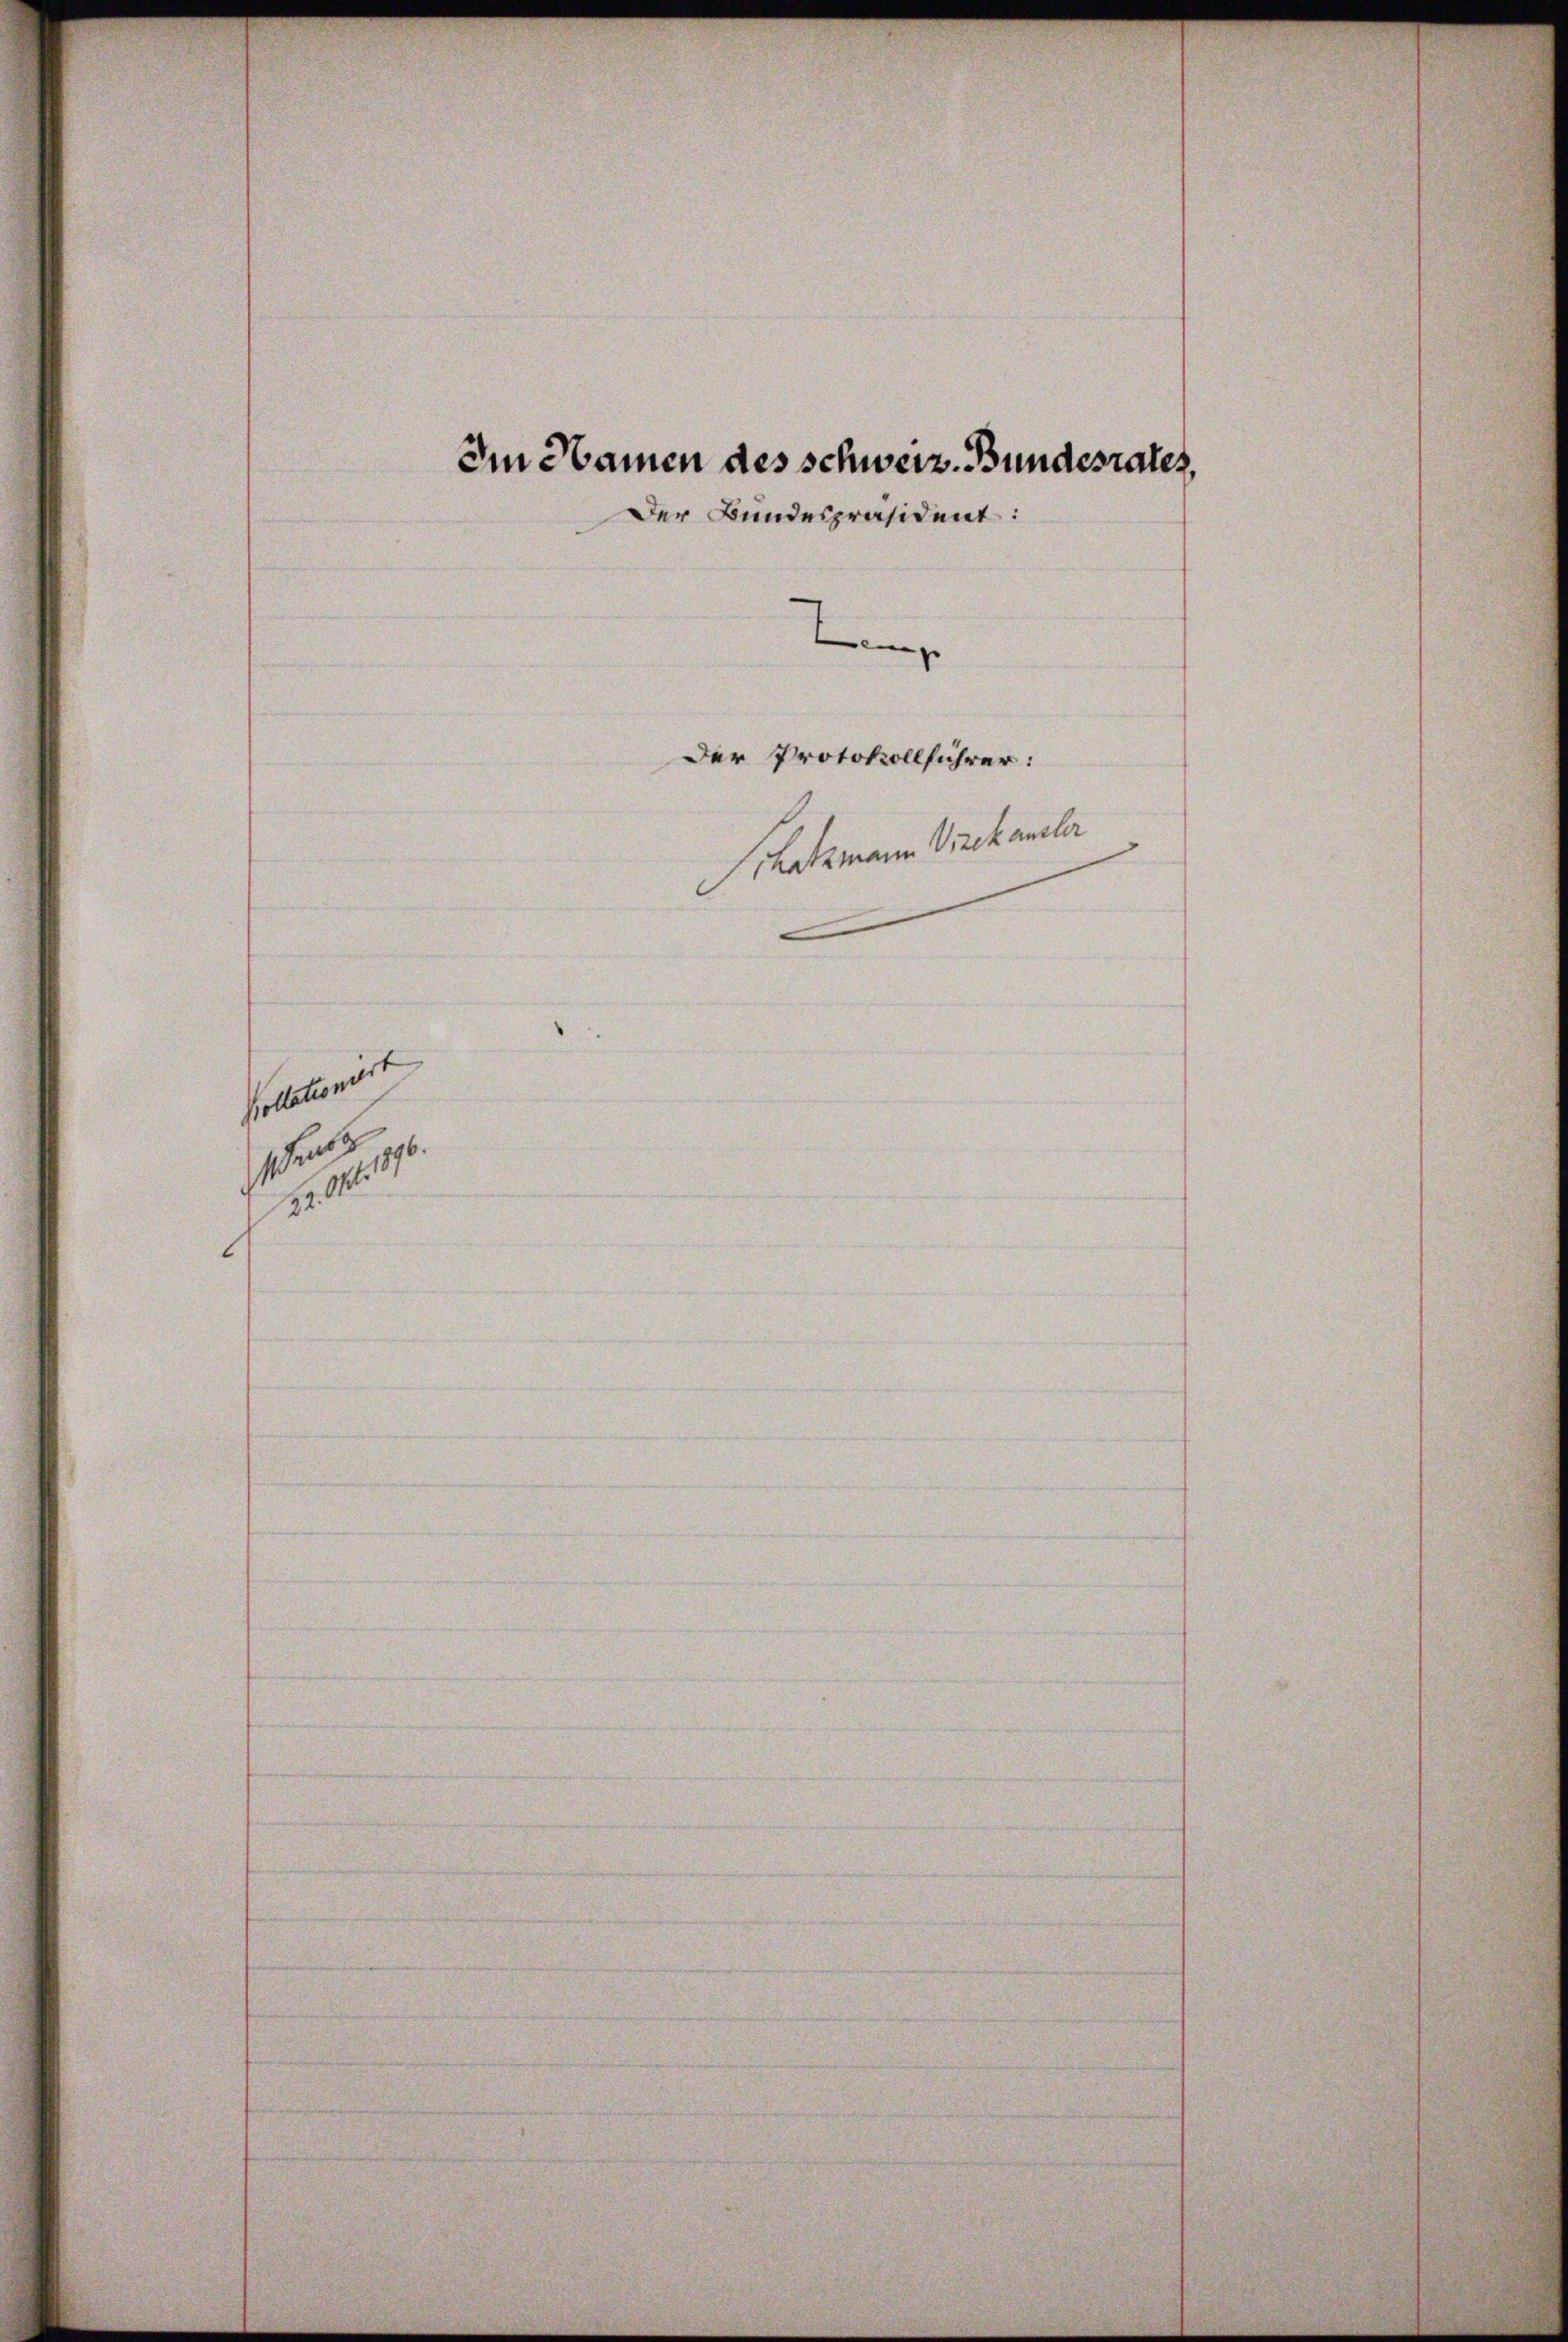
Pollationirt
u
verlegt.

Im Namen des schweiz. Bundesrates,
r Bundespräsident:
ig
Der Protokollführer:
Schatzmann Vizekanzler